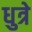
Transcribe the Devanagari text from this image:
धुत्रे